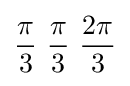
{\pi  \over 3}\ {\pi  \over 3}\ {2\pi  \over 3}